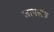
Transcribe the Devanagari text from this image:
लापलैंड